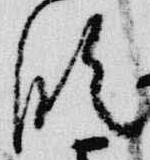
臨